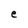
Character: e